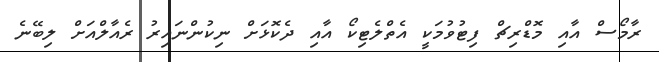
ރާމޯސް އާއި މޮޑްރިޗް ފިޓުވުމަކީ އެތްލެޓިކޯ އާއި ދެކޮޅަށް ނިކުންނައިރު ރެއާލްއަށް ލިބޭނެ